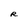
Character: R